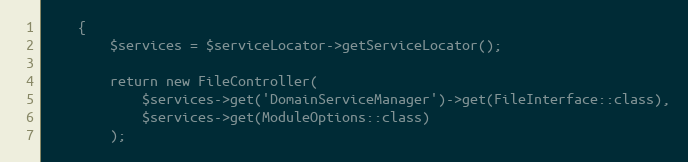
Language: PHP
    {
        $services = $serviceLocator->getServiceLocator();

        return new FileController(
            $services->get('DomainServiceManager')->get(FileInterface::class),
            $services->get(ModuleOptions::class)
        );